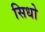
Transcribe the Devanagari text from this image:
सिधो